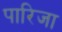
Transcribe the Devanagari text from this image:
पारिजा